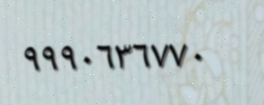
٩٩٩٠٦٣٦٧٧٠